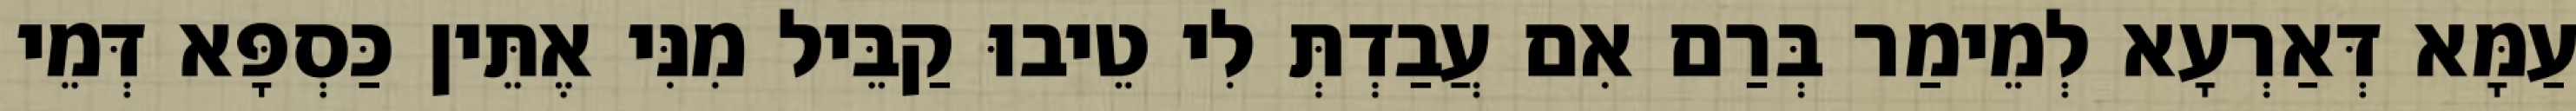
עַמָּא דְּאַרְעָא לְמֵימַר בְּרַם אִם עֲבַדְתְּ לִי טֵיבוּ קַבֵּיל מִנִּי אֶתֵּין כַּסְפָּא דְּמֵי